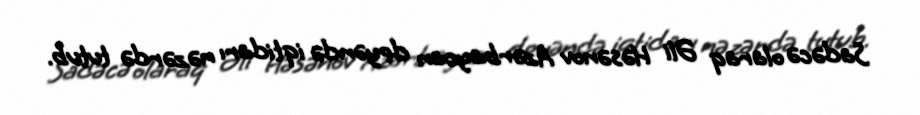
Sadəcə olaraq Əli Həsənov Azərbaycan deyəndə iqtidarı nəzərdə tutub.